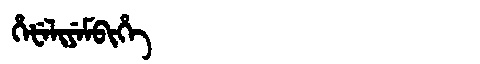
Manchu: ᡥᡝᡶᡝᠯᡳᠶᡝᠮᠪᡳᡥᡝ
Romanization: HEFELIYEMBIHE